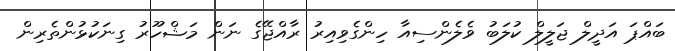
ބައްޕަ އަދީލް ޖަލީލް ކުލަބު ވެލެންސިއާ ހިންގެވިއިރު ރާއްޖޭގެ ނަން މަޝްހޫރު ގިނަކުޅުންތެރިން